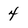
Character: 4